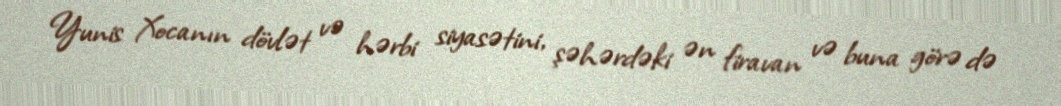
Yunis Xocanın dövlət və hərbi siyasətini, şəhərdəki ən firavan və buna görə də